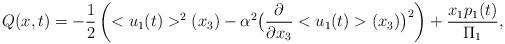
LaTeX: \begin{align*}Q(x,t)=-\frac{1}{2}\left(<u_1(t)>^2(x_3)-\alpha^2 \big(\frac{\partial}{\partial x_3} <u_1(t)>(x_3)\big)^2\right)+\frac{x_1 p_1(t)}{\Pi_1},\end{align*}